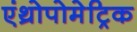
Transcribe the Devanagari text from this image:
एंथ्रोपोमेट्रिक